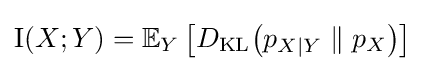
\operatorname {I} (X;Y)=\mathbb {E} _{Y}\left[D_{\text{KL}}\!\left(p_{X\mid Y}\parallel p_{X}\right)\right]